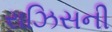
રાઝિસની